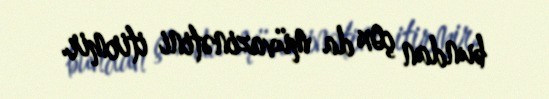
bundan çox da müvazinətini itirmir.